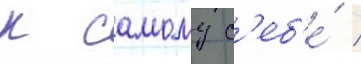
к самому с'еб'е́ /